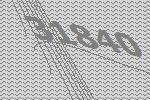
31840